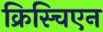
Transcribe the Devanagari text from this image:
क्रिस्चिएन